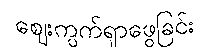
ဈေးကွက်ရှာဖွေခြင်း